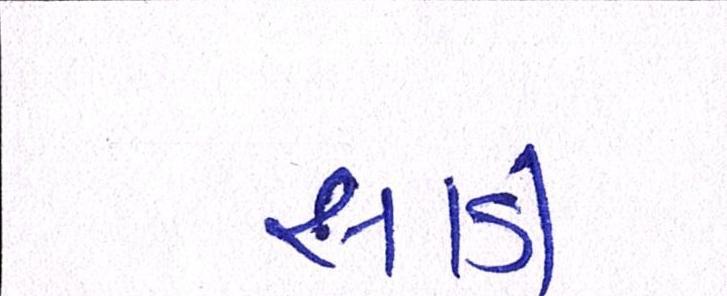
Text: સાડી